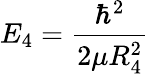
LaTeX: E_{4}=\frac{\hbar^{2}}{2\mu R_{4}^{2}}